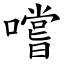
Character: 嚐